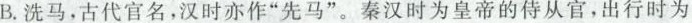
B.洗马，古代官名，汉时亦作“先马”。秦汉时为皇帝的侍从官，出行时为